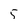
Character: 5